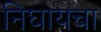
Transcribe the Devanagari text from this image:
निघायचा